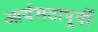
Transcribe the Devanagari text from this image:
आर्यभटापूर्वी